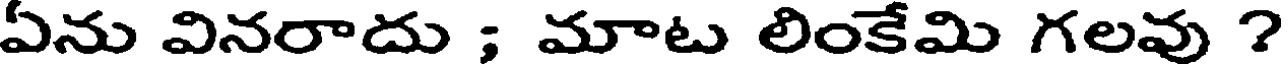
ఏను వినరాదు ; మాటు లింకేమి గలవు ?